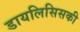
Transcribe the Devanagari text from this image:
डायलिसिसकी